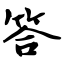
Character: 答